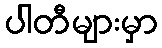
ပါတီများမှာ